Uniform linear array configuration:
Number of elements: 4
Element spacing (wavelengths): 1
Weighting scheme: binomial
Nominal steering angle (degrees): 15
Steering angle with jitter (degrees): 15.448
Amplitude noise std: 0.05
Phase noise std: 0.05

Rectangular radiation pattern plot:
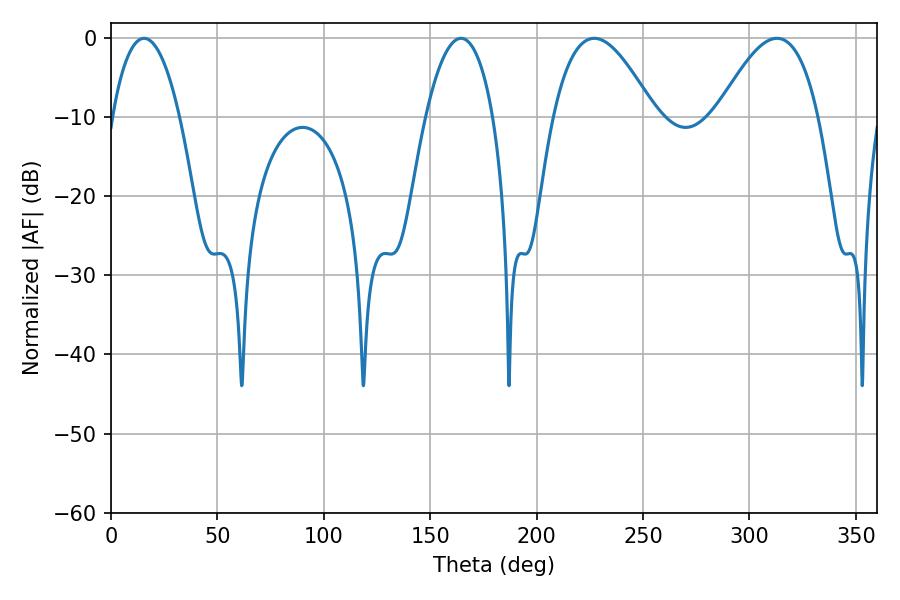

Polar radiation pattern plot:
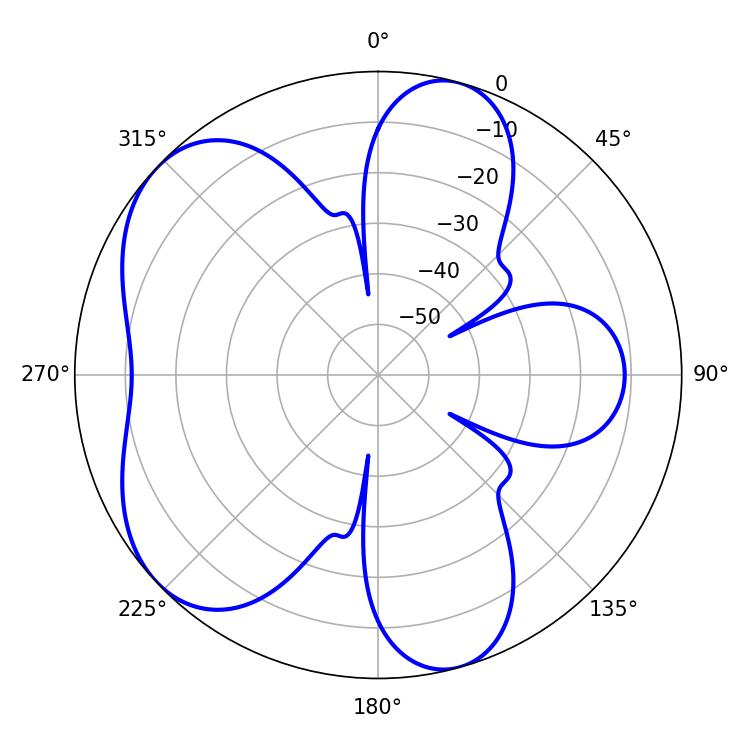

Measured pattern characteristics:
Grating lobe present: TRUE
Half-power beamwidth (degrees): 17.64
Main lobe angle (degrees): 15.48